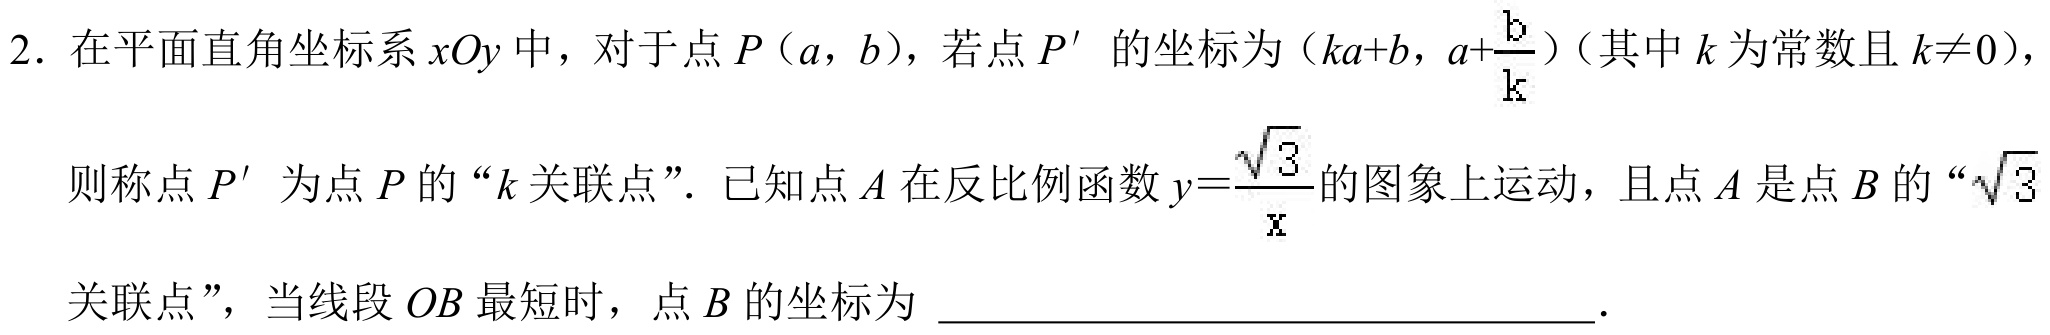
2. 在平面直角坐标系\(xOy\)中，对于点\(P(a,b)\)，若点\(P'\)的坐标为\((ka + b,a+\frac{b}{k})\)（其中\(k\)为常数且\(k\neq0\)），则称点\(P'\)为点\(P\)的“\(k\)关联点”. 已知点\(A\)在反比例函数\(y = \frac{\sqrt{3}}{x}\)的图象上运动，且点\(A\)是点\(B\)的“\(\sqrt{3}\)关联点”，当线段\(OB\)最短时，点\(B\)的坐标为  .